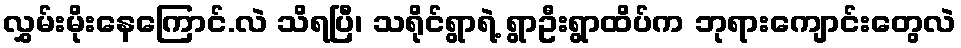
လွှမ်းမိုးနေကြောင်.လဲ သိရပြီ၊ သရိုင်ရွာရဲ့ ရွာဦးရွာထိပ်က ဘုရားကျောင်းတွေလဲ